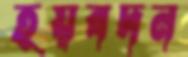
হয়বদন